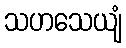
သဟသေယျံ